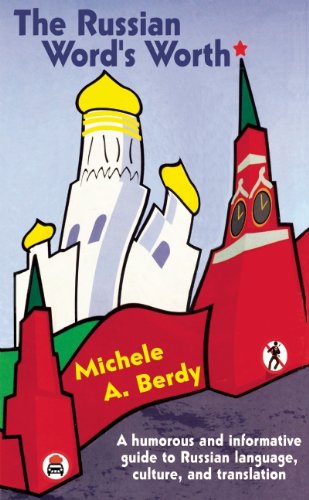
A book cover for The Russian Word's Worth: A Humorous and Informative Guide to Russian Language Culture and Translation (New Russian Writing); Michele Berdy; Reference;